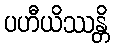
ပဟီယိဿန္တိ